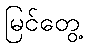
မြင်တွေ့